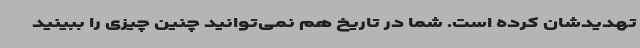
تهدیدشان کرده است. شما در تاریخ هم نمی‌توانید چنین چیزی را ببینید